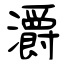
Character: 灂